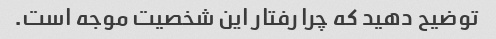
توضیح دهید که چرا رفتار این شخصیت موجه است.